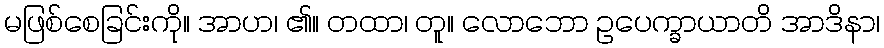
မဖြစ်စေခြင်းကို။ အာဟ၊ ၏။ တထာ၊ တူ။ လောဘော ဥပေက္ခာယာတိ အာဒိနာ၊